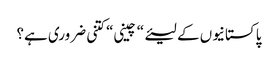
پاکستانیوں کے لیئے“ چینی“ کتنی ضروری ہے؟